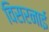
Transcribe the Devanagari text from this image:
विसरनाई